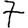
Digit: 7